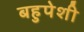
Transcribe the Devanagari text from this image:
बहुपेशी